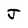
Character: J